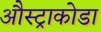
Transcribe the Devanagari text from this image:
औस्ट्राकोडा